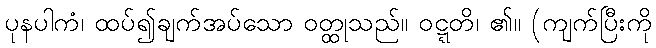
ပုနပါကံ၊ ထပ်၍ချက်အပ်သော ဝတ္ထုသည်။ ဝဋ္ဋတိ၊ ၏။ (ကျက်ပြီးကို